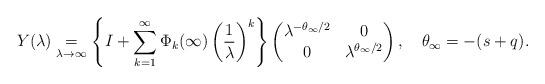
LaTeX: \begin{align*}Y(\lambda)\underset{\lambda\to\infty}=\left\{I+\sum_{k=1}^\infty\Phi_k(\infty)\left(\frac1{\lambda}\right)^k\right\}\begin{pmatrix}\lambda^{-\theta_\infty/2} & 0 \\0 & \lambda^{\theta_\infty/2}\end{pmatrix},\quad\theta_\infty=-(s+q).\end{align*}